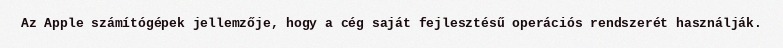
Az Apple számítógépek jellemzője, hogy a cég saját fejlesztésű operációs rendszerét használják.